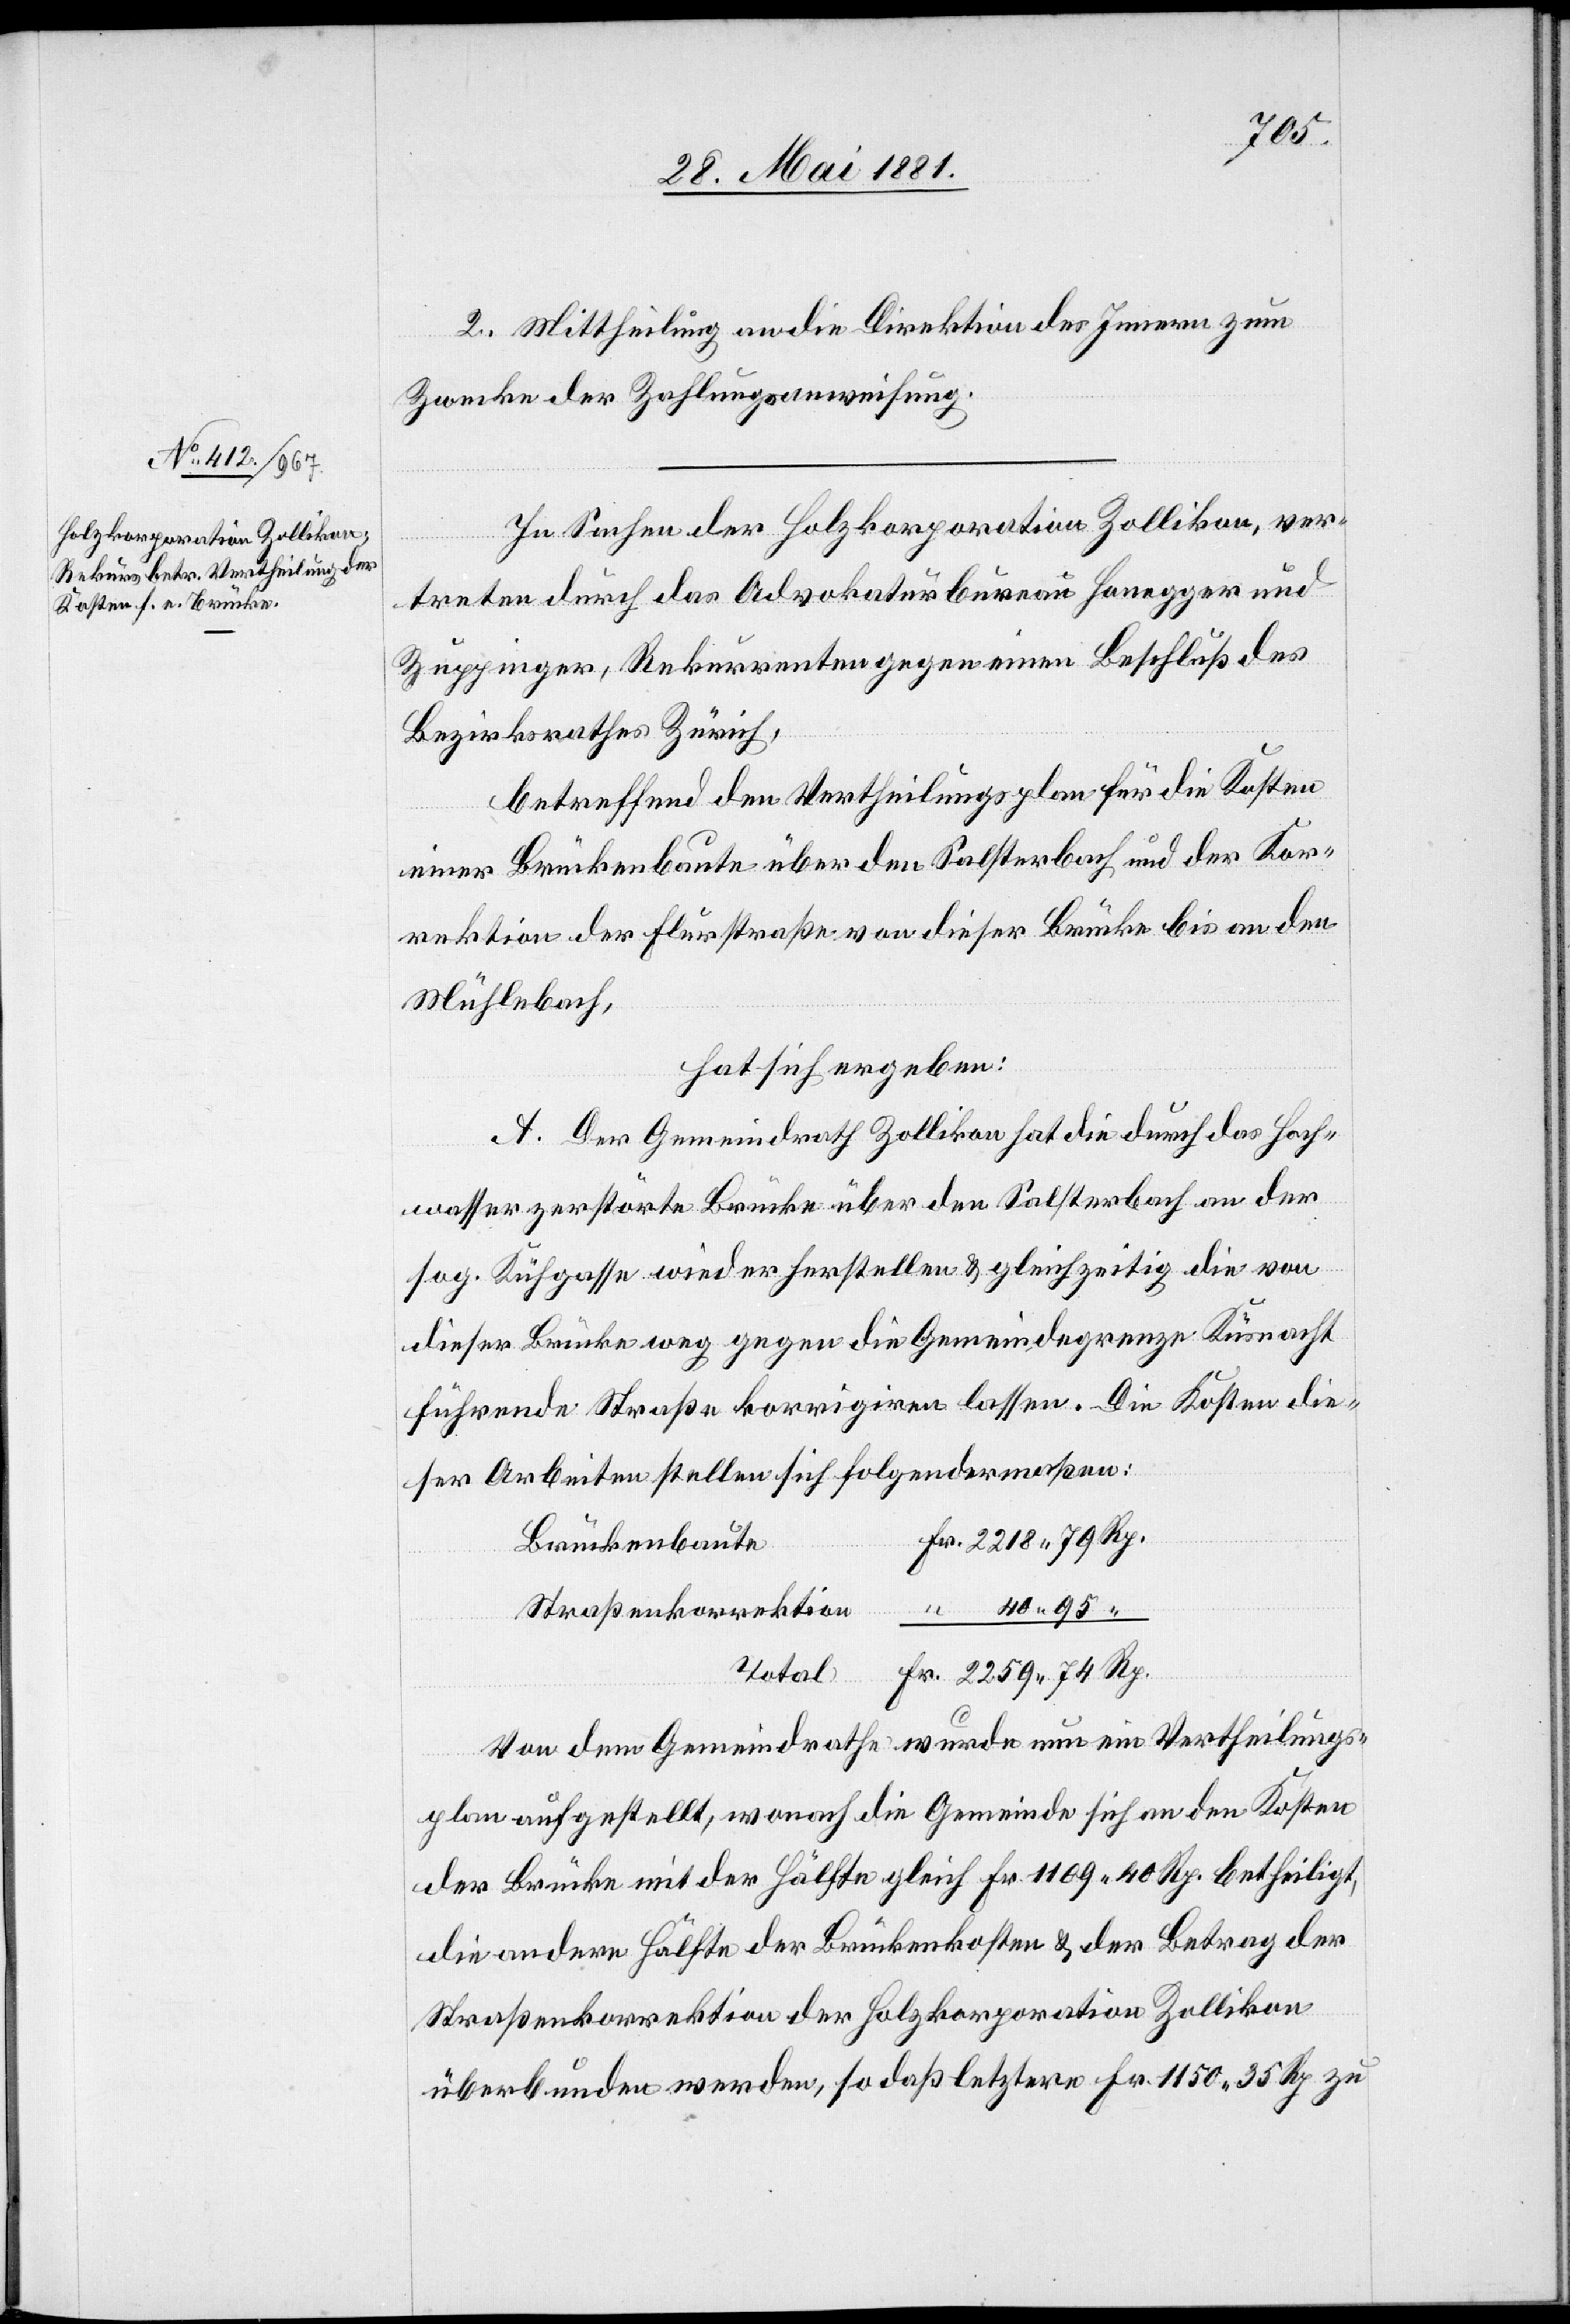
Rp.
2. Mittheilung an die Direktion des Innern zum
Zwecke der Zahlungsanweisung.
In Sachen der Holzkorporation Zollikon, ver¬
treten durch das Advokaturbureau Honegger und
Zuppinger, Rekurrenten gegen einen Beschluß des
Bezirksrathes Zürich,
betreffend den Vertheilungsplan für die Kosten
einer Brückenbaute über den Salsterbach und der Kor¬
rektion der Flurstraße an dieser Brücke bis an den
Mühlebach,
da sich ergeben:
A. Der Gemeindrath Zollikon hat die durch das Hoch¬
wasser zerstörte Brücke über den Salsterbach an der
sog. Kühgasse wiederherstellen & gleichzeitig die von
dieser Brücke weg gegen die Gemeindegrenze Küsnacht
führende Straße korrigiren lassen. Die Kosten die¬
ser Arbeiten stellen sich folgendermaßen:
Brückenbaute
40 95
Straßenkorrektion
Total
Von dem Gemeindrathe wurde nun ein Vertheilungs¬
plan aufgestellt, wonach die Gemeinde sich an den Kosten
der Brücke mit der Hälfte gleich Fr. 1109 40 Rp. betheiligt,
die andere Hälfte der Brückenkosten & der Betrag der
Straßenkorrektion der Holzkorporation Zollikon
überbunden werden, so daß letztere Fr. 1150 35 Rp. zu